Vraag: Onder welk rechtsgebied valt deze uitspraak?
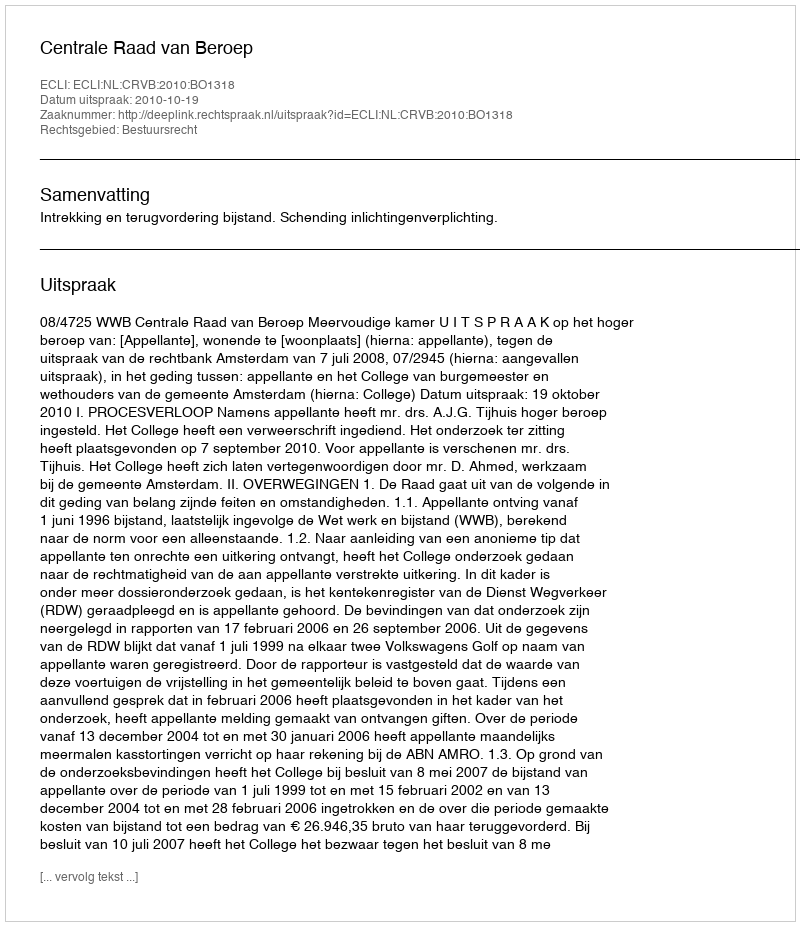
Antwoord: Bestuursrecht